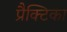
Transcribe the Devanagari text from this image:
प्रैक्टिका